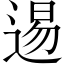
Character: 逷